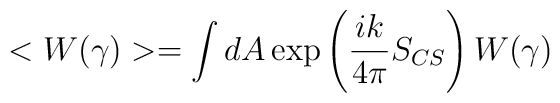
<W(\gamma)> = \int dA \exp\left({i k\over 4 \pi} S_{CS}\right) W(\gamma)